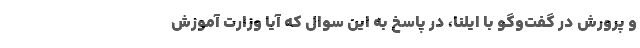
و پرورش در گفت‌وگو با ایلنا، در پاسخ به این سوال که آیا وزارت آموزش